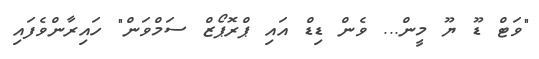
"ވަޓް ޑޫ ޔޫ މީން... ވެން ޑިޑް އައި ޕްރޮޕޯޒް ސަމްވަން" ހައިރާންވެފައި